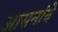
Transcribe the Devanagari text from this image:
आसनांचे